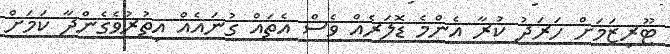
ޓޫރިޒަމަށް ހަރަދު ކުރާ އެންމެ ޑޮލަރެއް ވެސް އެތައް ގުނައެއް އިތުރުވެގެންދާ ކަމަށް